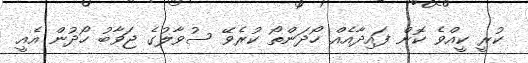
ކުރީ ކީއްވެ ކޮން ފައިދާއެއް ހޯދަންތޯ ކުރެވޭ ސުވާލުގެ ޖަވާބު ހޯދުން އެއީ